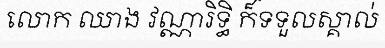
លោក ឈាង វណ្ណារិទ្ធិ ក៏ទទួលស្គាល់